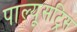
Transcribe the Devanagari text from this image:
पाल्यूसट्रिस